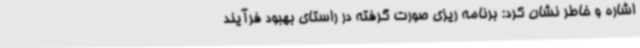
اشاره و خاطر نشان کرد: برنامه ریزی صورت گرفته در راستای بهبود فرآیند